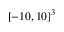
[ - 1 0 , 1 0 ] ^ { 3 }